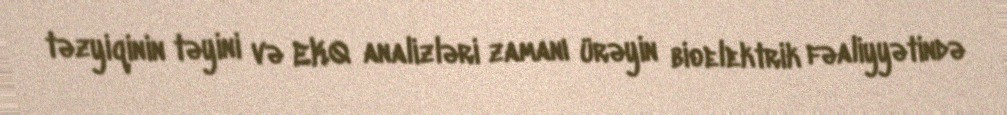
təzyiqinin təyini və EKQ analizləri zamanı ürəyin bioelektrik fəaliyyətində